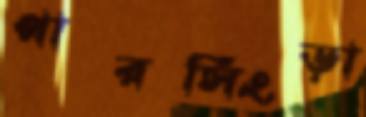
পারসিংড়া